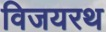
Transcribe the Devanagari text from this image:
विजयरथ